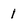
Character: 1